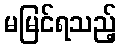
မမြင်ရသည့်